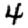
Digit: 4